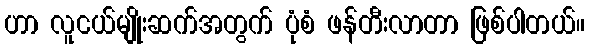
ဟာ လူငယ်မျိုးဆက်အတွက် ပုံစံ ဖန်တီးလာတာ ဖြစ်ပါတယ်။